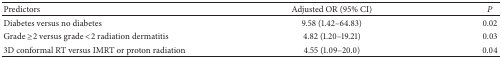
| Predictors | Adjusted OR (95% CI) | P |
 | --- | --- | --- |
 | Diabetes versus no diabetes | 9.58 (1.42–64.83) | 0.02 |
 | Grade ≥2 versus grade <2 radiation dermatitis | 4.82 (1.20–19.21) | 0.03 |
 | 3D conformal RT versus IMRT or proton radiation | 4.55 (1.09–20.0) | 0.04 |